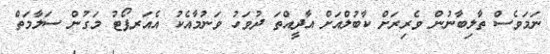
ނަމަވެސް ތާލިބާނުން ވެރިރަށް ކާބުލްއަށް އާދީއްތަ ދުވަހު ވަނުމާއެކު އެއަރޕޯޓު މަގުން ސަލާމަތް